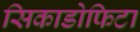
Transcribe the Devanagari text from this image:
सिकाडोफिटा